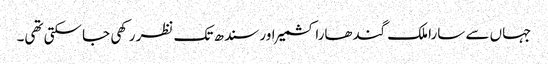
جہاں سے سارا ملک گندھارا کشمیر اور سندھ تک نظر رکھی جا سکتی تھی۔